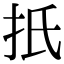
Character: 扺